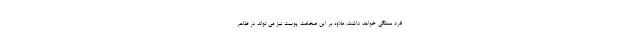
فرد بستگی خواهد داشت. علاوه بر این ضخامت پوست نیز می تواند در ظاهر